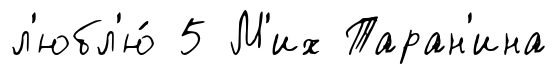
л'юбл'ю́ 5 М'их Таран'ина